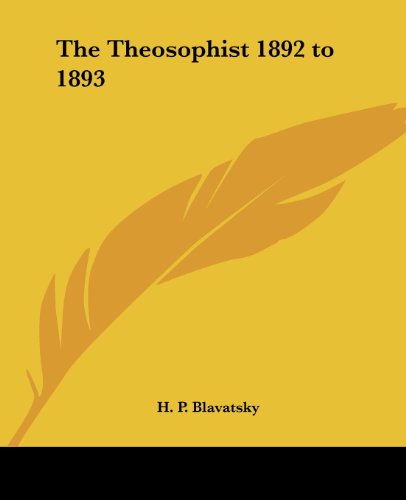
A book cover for The Theosophist 1892 to 1893; Helene Petrovna Blavatsky; Religion & Spirituality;